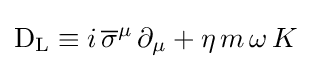
\mathrm {D} _{\text{L}}\equiv i\,{\overline {\sigma }}^{\mu }\,\partial _{\mu }+\eta \,m\,\omega \,K